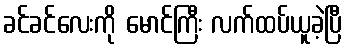
ခင်ခင်လေးကို မောင်ကြီး လက်ထပ်ယူခဲ့ပြီ